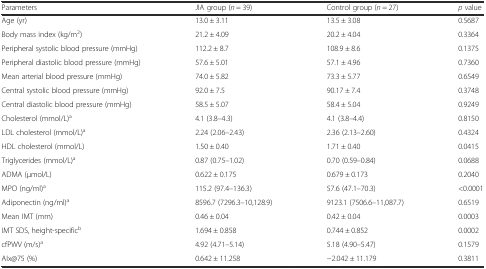
<table><thead><tr><td><b>Parameters</b></td><td><b>JIA group (<i>n</i> = 39)</b></td><td><b>Control group (<i>n</i> = 27)</b></td><td><b><i>p</i> value</b></td></tr></thead><tbody><tr><td>Age (yr)</td><td>13.0 ± 3.11</td><td>13.5 ± 3.08</td><td>0.5687</td></tr><tr><td>Body mass index (kg/m<sup>2</sup>)</td><td>21.2 ± 4.09</td><td>20.2 ± 4.04</td><td>0.3364</td></tr><tr><td>Peripheral systolic blood pressure (mmHg)</td><td>112.2 ± 8.7</td><td>108.9 ± 8.6</td><td>0.1375</td></tr><tr><td>Peripheral diastolic blood pressure (mmHg)</td><td>57.6 ± 5.01</td><td>57.1 ± 4.96</td><td>0.7360</td></tr><tr><td>Mean arterial blood pressure (mmHg)</td><td>74.0 ± 5.82</td><td>73.3 ± 5.77</td><td>0.6549</td></tr><tr><td>Central systolic blood pressure (mmHg)</td><td>92.0 ± 7.5</td><td>90.17 ± 7.4</td><td>0.3748</td></tr><tr><td>Central diastolic blood pressure (mmHg)</td><td>58.5 ± 5.07</td><td>58.4 ± 5.04</td><td>0.9249</td></tr><tr><td>Cholesterol (mmol/L)<sup>a</sup></td><td>4.1 (3.8–4.3)</td><td>4.1 (3.8–4.4)</td><td>0.8150</td></tr><tr><td>LDL cholesterol (mmol/L)<sup>a</sup></td><td>2.24 (2.06–2.43)</td><td>2.36 (2.13–2.60)</td><td>0.4324</td></tr><tr><td>HDL cholesterol (mmol/L)</td><td>1.50 ± 0.40</td><td>1.71 ± 0.40</td><td>0.0415</td></tr><tr><td>Triglycerides (mmol/L)<sup>a</sup></td><td>0.87 (0.75–1.02)</td><td>0.70 (0.59–0.84)</td><td>0.0688</td></tr><tr><td>ADMA (μmol/L)</td><td>0.622 ± 0.175</td><td>0.679 ± 0.173</td><td>0.2040</td></tr><tr><td>MPO (ng/ml)<sup>a</sup></td><td>115.2 (97.4–136.3)</td><td>57.6 (47.1–70.3)</td><td>&lt;0.0001</td></tr><tr><td>Adiponectin (ng/ml)<sup>a</sup></td><td>8596.7 (7296.3–10,128.9)</td><td>9123.1 (7506.6–11,087.7)</td><td>0.6519</td></tr><tr><td>Mean IMT (mm)</td><td>0.46 ± 0.04</td><td>0.42 ± 0.04</td><td>0.0003</td></tr><tr><td>IMT SDS, height-specific<sup>b</sup></td><td>1.694 ± 0.858</td><td>0.744 ± 0.852</td><td>0.0002</td></tr><tr><td>cfPWV (m/s)<sup>a</sup></td><td>4.92 (4.71–5.14)</td><td>5.18 (4.90–5.47)</td><td>0.1579</td></tr><tr><td>AIx@75 (%)</td><td>0.642 ± 11.258</td><td>−2.042 ± 11.179</td><td>0.3811</td></tr></tbody></table>